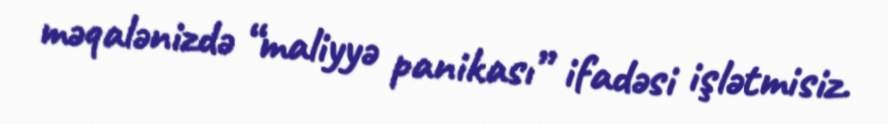
məqalənizdə “maliyyə panikası” ifadəsi işlətmisiz.